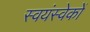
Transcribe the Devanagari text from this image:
स्वयंस्वेकों